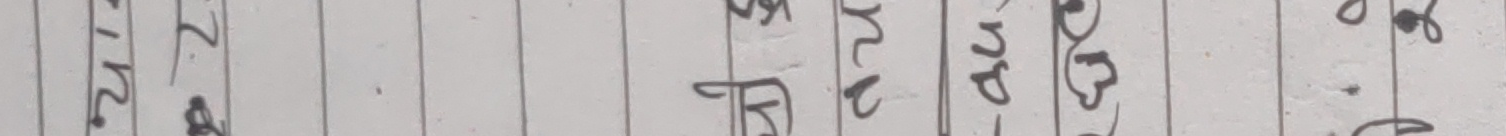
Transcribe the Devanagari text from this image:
२४७८ भिन्न अनुसार का कुनै